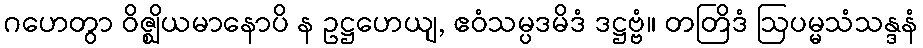
ဂဟေတွာ ဝိဇ္ဈိယမာနောပိ န ဥဋ္ဌဟေယျ, ဧဝံသမ္ပဒမိဒံ ဒဋ္ဌဗ္ဗံ။ တတြိဒံ ဩပမ္မသံသန္ဒနံ